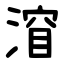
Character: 㴭